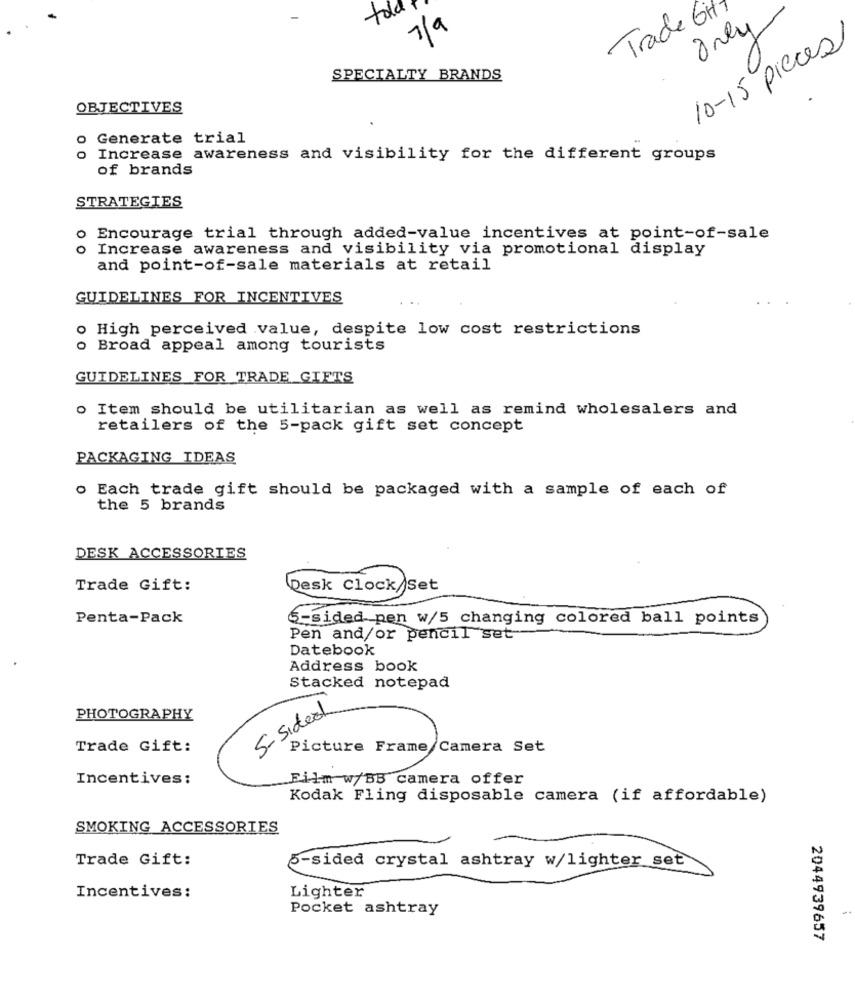
tola
Trade GH
7/9
Only
10-15 pieces
SPECIALTY BRANDS
OBJECTIVES
Generate trial
o Increase awareness and visibility for the different groups
of brands
STRATEGIES
0
Encourage trial through added-value incentives at point-of-sale
0
Increase awareness and visibility via promotional display
and point-of-sale materials at retail
GUIDELINES FOR INCENTIVES
o High perceived value, despite low cost restrictions
o Broad appeal among tourists
GUIDELINES FOR TRADE GIFTS
o Item should be utilitarian as well as remind wholesalers and
retailers of the 5-pack gift set concept
PACKAGING IDEAS
o Each trade gift should be packaged with a sample of each of
the 5 brands
DESK ACCESSORIES
Trade Gift:
Desk Clock/Set
Penta-Pack
6-sided pen w/5 changing colored ball points
Pen and/or pencil set
Datebook
Address book
Stacked notepad
5- Sideal
PHOTOGRAPHY
Trade Gift:
Picture Frame/Camera Set
Incentives:
Film w/BB camera offer
Kodak Fling disposable camera (if affordable)
SMOKING ACCESSORIES
Trade Gift:
5-sided crystal ashtray w/lighter set
Incentives:
Lighter
Pocket ashtray
2044939657